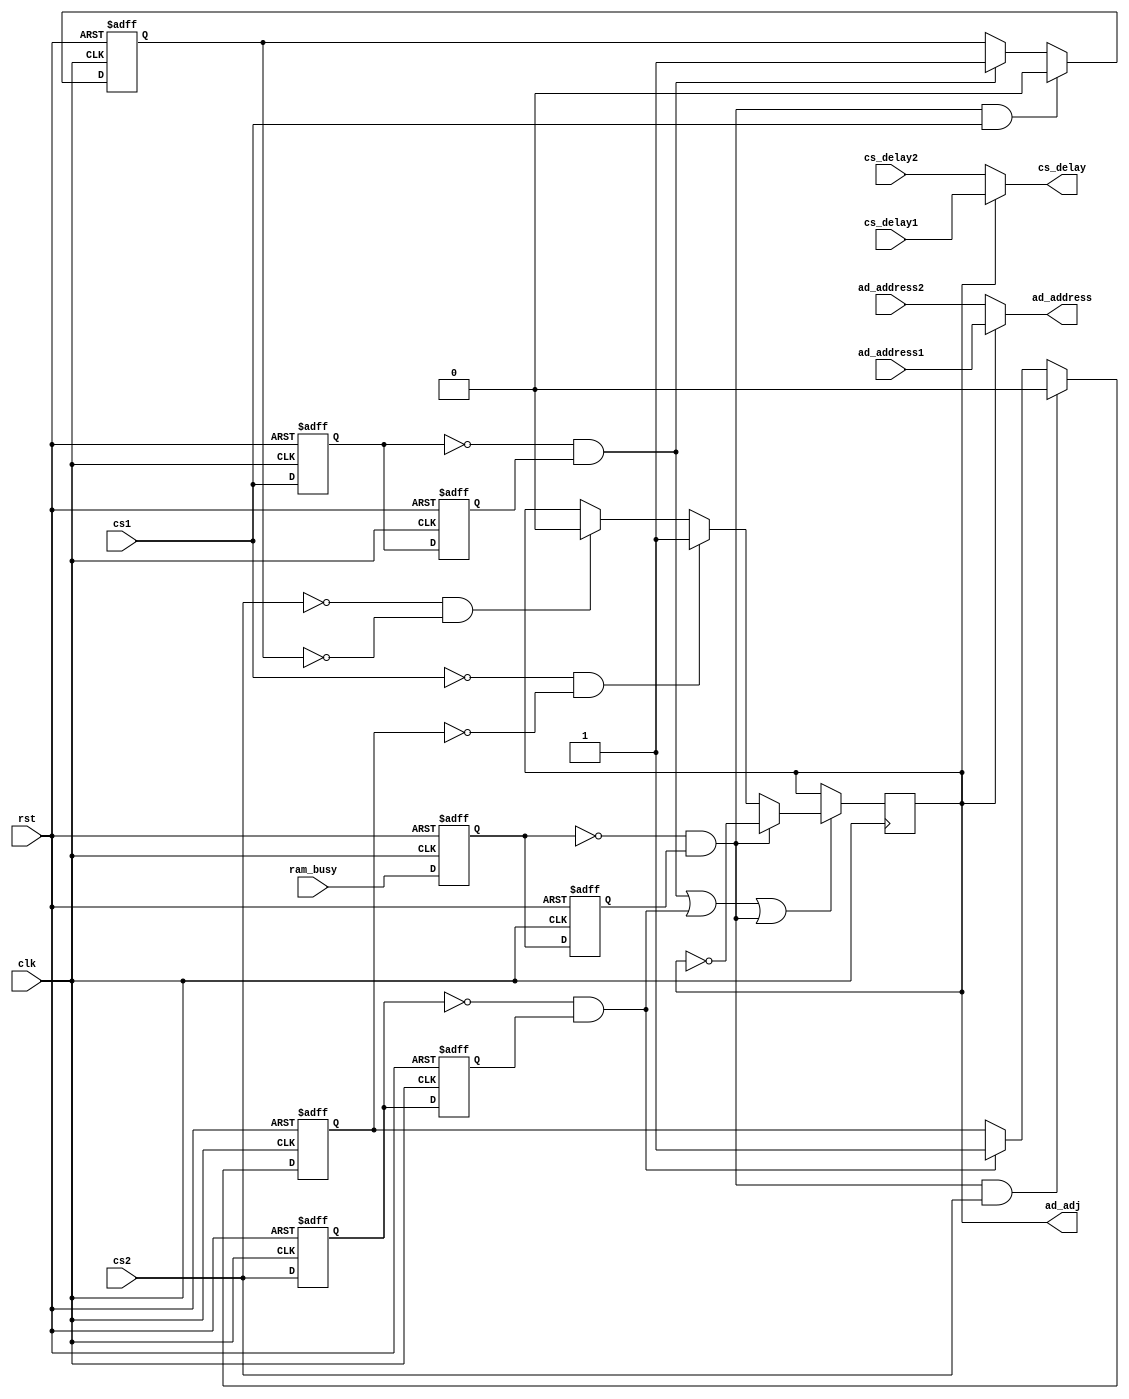
`timescale 1ns / 1ps
//////////////////////////////////////////////////////////////////////////////////
// Company: 
// Engineer: 
// 
// Design Name: 
// Module Name:    Selection_AD 
// Project Name: 
// Target Devices: 
// Tool versions: 
// Description: 
//
// Dependencies: 
//
// Revision: 
// Revision 0.01 - File Created
// Additional Comments: 
//
//////////////////////////////////////////////////////////////////////////////////
module Selection_AD(
	input clk,rst,
	input cs_delay1,
	input cs_delay2,
	input [12:0] ad_address1,
	input [12:0] ad_address2,
	input cs1,
	input cs2,
	input ram_busy,
	
	output cs_delay,
	output reg ad_adj,
	output [12:0] ad_address  //ram_control
    );
	
	reg cs1_r1,cs1_r2;          //
	reg cs2_r1,cs2_r2;
	reg ram_busy_r1,ram_busy_r2;
	reg ad1_sel,ad2_sel;
	wire neg_cs1;
	wire neg_cs2;
	wire neg_ram_busy;
	
	always @(posedge clk or posedge rst)			// 
	begin
	  if(rst)
	    begin
		 cs1_r1 <= 0; cs1_r2 <= 0;
		 cs2_r1 <= 0; cs2_r2 <= 0;
		 ram_busy_r1 <= 0; ram_busy_r2 <= 0;
		 end
	  else
	    begin
		 cs1_r1 <= cs1; cs1_r2 <= cs1_r1;
		 cs2_r1 <= cs2; cs2_r2 <= cs2_r1;
		 ram_busy_r1 <= ram_busy; ram_busy_r2 <= ram_busy_r1;
		 end
	end
	
	assign neg_cs1 = ~cs1_r1 && cs1_r2;
	assign neg_cs2 = ~cs2_r1 && cs2_r2;
	assign neg_ram_busy = ~ram_busy_r1 && ram_busy_r2;
	
	//adram--busyad
	//adad ad
	//ad
	//20160715
	always @(posedge clk or posedge rst)		
	begin
		if(rst) ad1_sel <= 0;
		else
		begin
			if(neg_ram_busy && cs1) ad1_sel <= 0;
			else if(neg_cs1) ad1_sel <= 1;
			else ad1_sel <= ad1_sel;
		end
	end
	
	always @(posedge clk or posedge rst)
	begin
		if(rst) ad2_sel <= 0;
		else
		begin
			if(neg_ram_busy && cs2) ad2_sel <= 0;
			else if(neg_cs2) ad2_sel <= 1;
			else ad2_sel <= ad2_sel;
		end
	end
	
	always @(posedge clk)						//
		begin
			if(neg_cs1 || neg_cs2 || neg_ram_busy)
			begin
				if(neg_ram_busy) ad_adj <= ~ad_adj;  //ram_busyramad
				else if(~cs1 && ~ad2_sel) ad_adj <= 1;	//ad1adad1
				else if(~cs2 && ~ad1_sel) ad_adj <= 0;
            else ad_adj <= ad_adj;				
			end
		end
	 
	 assign cs_delay = ad_adj ? cs_delay1 : cs_delay2;
	 assign ad_address = ad_adj ? ad_address1 : ad_address2;

endmodule